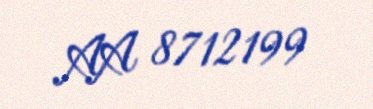
AA 8712199